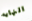
النهايه